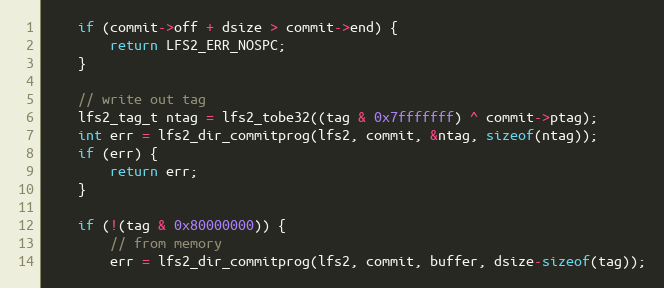
Language: C
    if (commit->off + dsize > commit->end) {
        return LFS2_ERR_NOSPC;
    }

    // write out tag
    lfs2_tag_t ntag = lfs2_tobe32((tag & 0x7fffffff) ^ commit->ptag);
    int err = lfs2_dir_commitprog(lfs2, commit, &ntag, sizeof(ntag));
    if (err) {
        return err;
    }

    if (!(tag & 0x80000000)) {
        // from memory
        err = lfs2_dir_commitprog(lfs2, commit, buffer, dsize-sizeof(tag));